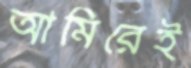
আমিরেই